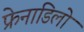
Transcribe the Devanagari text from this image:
फ्रेनाडिलो